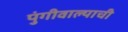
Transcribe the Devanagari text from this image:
पुंगीवाल्याची